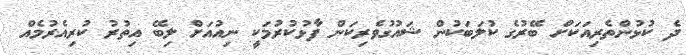
ދެ ކުޅުންތެރިއަކަށް ބޭރުގެ ކުލަބަކުން ޝައުގުވެރިކަން ފާޅުކުރުމަކީ ނިއުއަށް ލިބޭ އިތުރު ކުރިއެރުމެއް